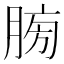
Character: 𦜶